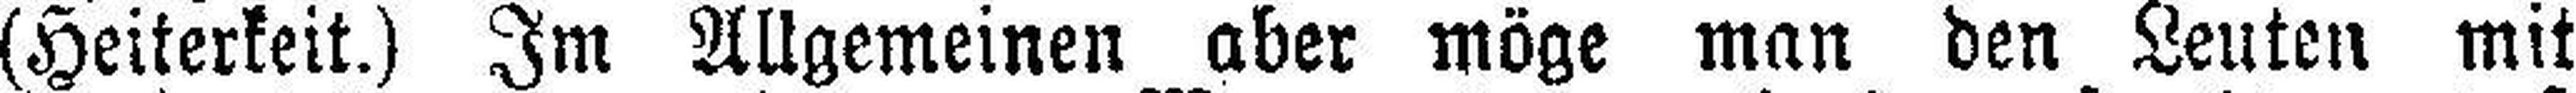
(Heiterkeit.) Im Allgemeinen aber möge man den Leuten mit